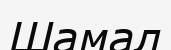
Шамал